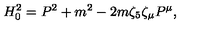
H _ { 0 } ^ { 2 } = P ^ { 2 } + m ^ { 2 } - 2 m \zeta _ { 5 } \zeta _ { \mu } P ^ { \mu } ,